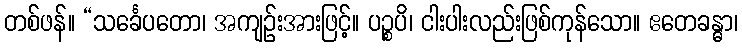
တစ်ဖန်။ “သင်္ခေပတော၊ အကျဉ်းအားဖြင့်။ ပဉ္စပိ၊ ငါးပါးလည်းဖြစ်ကုန်သော။ ဧတေခန္ဓာ၊